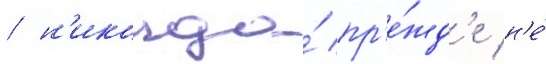
/ н'икогда́ пр'е́жд'е н'е́